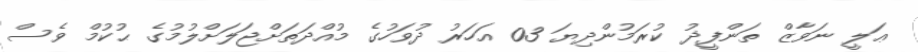
ޢަލީ ނަވާޒް ތަންފީޛު ކުރަމުންދިޔަ 03 އަހަރު ދުވަހުގެ މުއްދަތަށްޖަލަށްލުމުގެ ޙުކުމް ވެސް